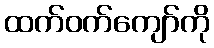
ထက်ဝက်ကျော်ကို